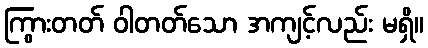
ကြွားတတ် ဝါတတ်သော အကျင့်လည်း မရှိ။